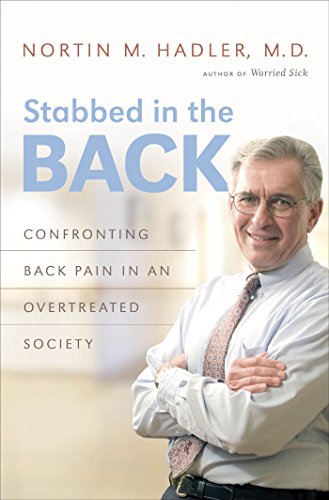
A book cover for Stabbed in the Back: Confronting Back Pain in an Overtreated Society; Nortin M. Hadler; Health, Fitness & Dieting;